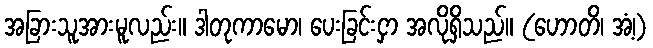
အခြားသူအားမူလည်း။ ဒါတုကာမော၊ ပေးခြင်းငှာ အလိုရှိသည်။ (ဟောတိ၊ အံ့၊)